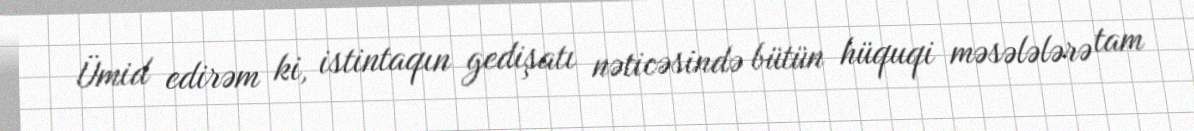
Ümid edirəm ki, istintaqın gedişatı nəticəsində bütün hüquqi məsələlərə tam